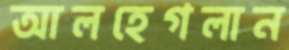
আলহেগলান